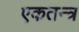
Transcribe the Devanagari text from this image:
एकतन्त्र